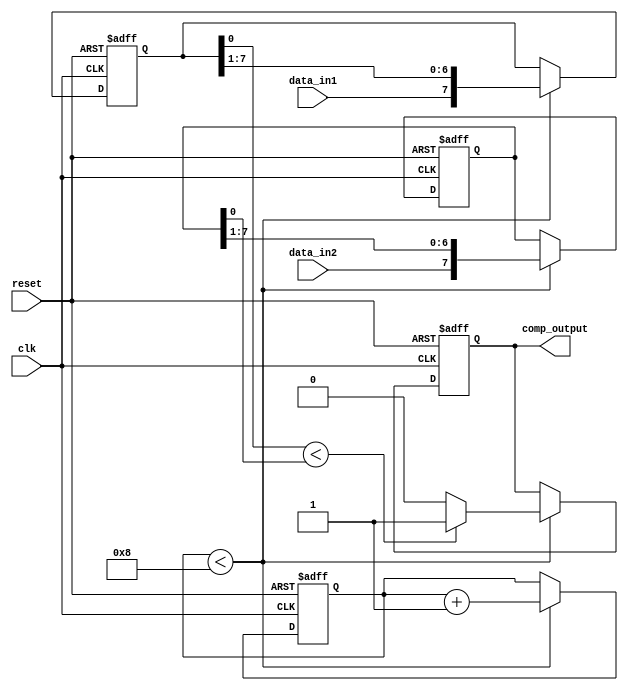
module serial_comparator(
    input wire clk,
    input wire reset,
    input wire data_in1,
    input wire data_in2,
    output reg comp_output
);

reg [7:0] bit_counter;
reg [7:0] data1_reg;
reg [7:0] data2_reg;

always @(posedge clk or posedge reset) begin
    if (reset) begin
        bit_counter <= 0;
        data1_reg <= 0;
        data2_reg <= 0;
        comp_output <= 0;
    end else begin
        if (bit_counter < 8) begin
            data1_reg <= {data_in1, data1_reg[7:1]};
            data2_reg <= {data_in2, data2_reg[7:1]};
            if (data1_reg[0] < data2_reg[0]) begin
                comp_output <= 1;
            end else begin
                comp_output <= 0;
            end
            bit_counter <= bit_counter + 1;
        end
    end
end

endmodule